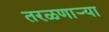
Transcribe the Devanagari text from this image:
तरळणाऱ्या